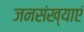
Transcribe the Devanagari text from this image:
जनसंख्याएं